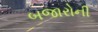
બજારોની